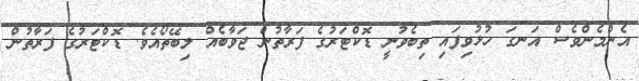
އެންމެންވެސް އަނގަ ހުޅުވިފައި ތިބެވުނީ ޑޮކްޓަރުގެ ފަރާތުން ޖަވާބެއް ލިބޭތޯއެވެ. ޑޮކްޓަރުގެ ފަރާތުން